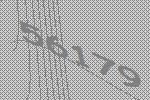
56179